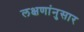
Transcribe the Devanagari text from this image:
लक्षणांनुसार